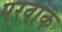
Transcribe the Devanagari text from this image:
परवाक